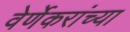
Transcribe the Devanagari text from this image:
वेर्णेकरांच्या